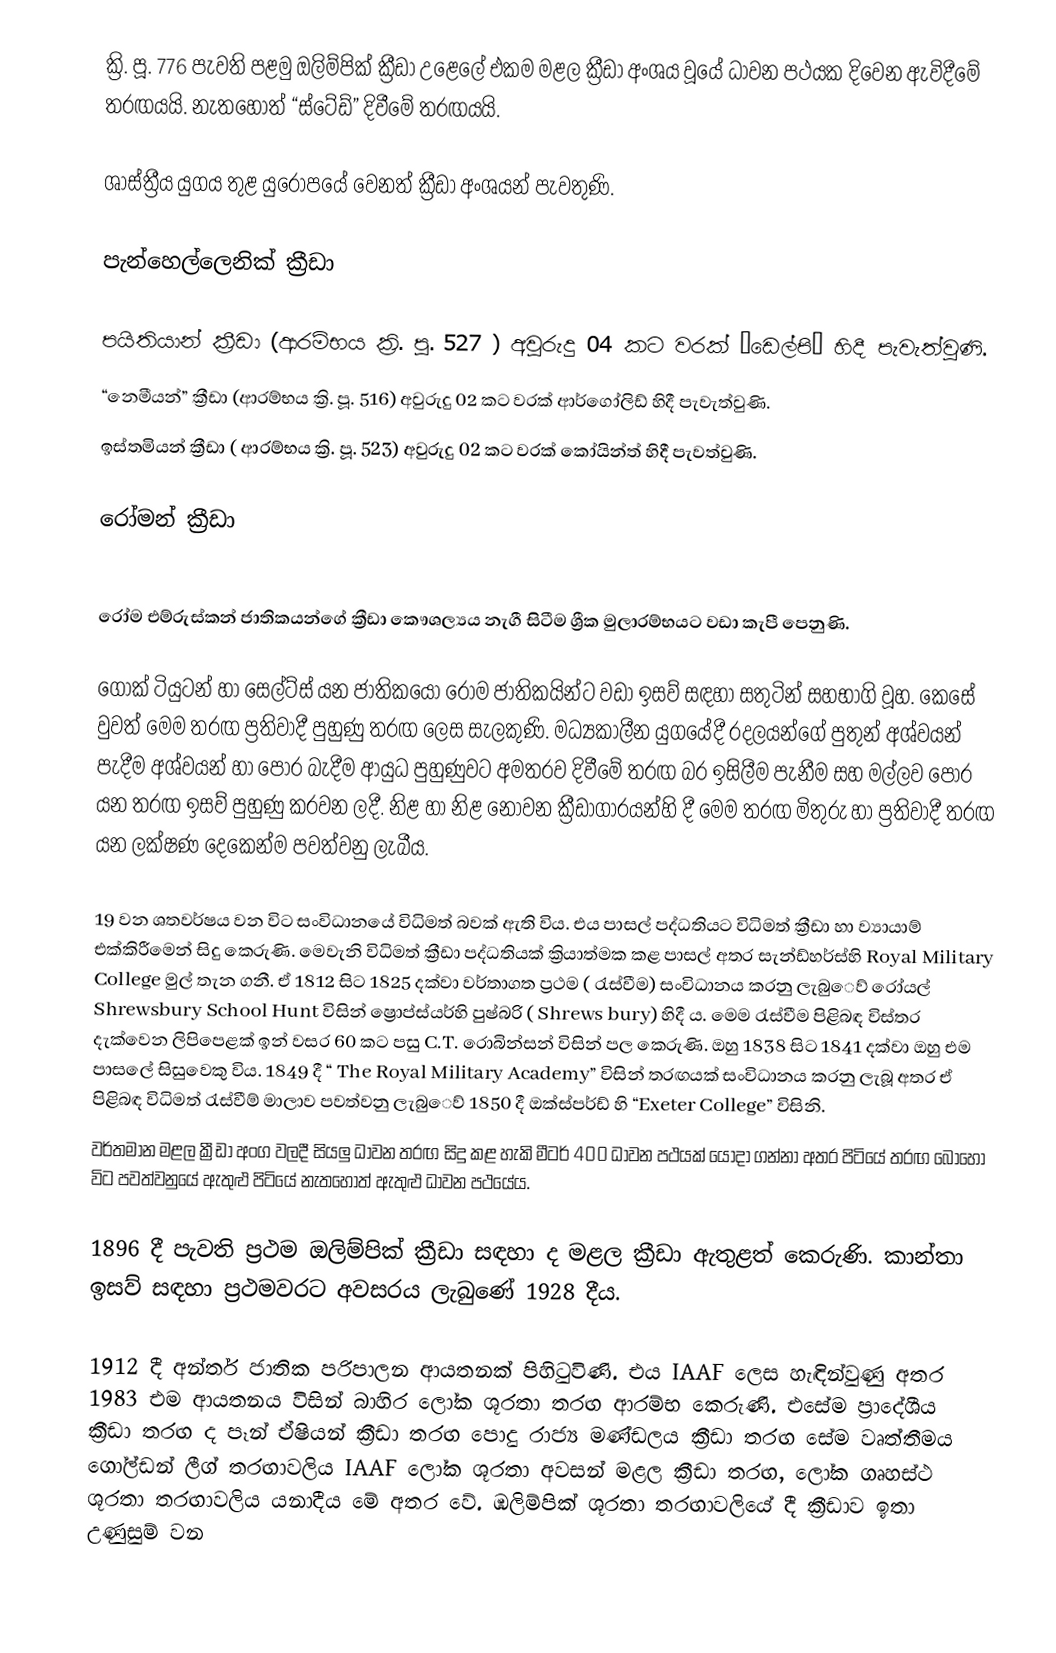
ක්‍රි. පූ. 776 පැවති පළමු ඔලිම්‍පික් ක්‍රීඩා උළෙලේ එකම මළල ක්‍රීඩා අංශය වූයේ ධාවන පථයක දිවෙන ඇවිදීමේ තරඟයයි. නැතහොත් “ස්ටේඩ්” දිවීමේ තරඟයයි.

ශාස්ත්‍රීය යුගය තුළ යුරෝපයේ වෙනත් ක්‍රීඩා අංශයන් පැවතුණි.

පැන්හෙල්ලෙනික් ක්‍රීඩා

පයිතියාන් ක්‍රීඩා (ආරම්‍භය ක්‍රි. පූ. 527 ) අවුරුදු 04 කට වරක් “ඩෙල්පි” හිදී පැවැත්වුණි.
“නෙමීයන්” ක්‍රීඩා (ආරම්‍භය ක්‍රි. පූ.  516) අවුරුදු 02 කට වරක් ආර්ගෝලිඩ් හිදී පැවැත්වුණි.
ඉස්තමියන් ක්‍රීඩා ( ආරම්‍භය ක්‍රි.  පූ.  523) අවුරුදු 02 කට වරක් කෝයින්ත් හිදී පැවත්වුණි.

රෝමන් ක්‍රීඩා

රෝම එම්රුස්කන් ජාතිකයන්ගේ ක්‍රීඩා කෞශල්‍යය නැගී සිටීම ශ්‍රීක මුලාරම්‍භයට වඩා කැපී පෙනුණි.

ගොක් ටියුටන් හා සෙල්ට්‍ස් යන ජාතිකයෝ රෝම ජාතිකයින්ට වඩා ඉසව්‍ සඳහා සතුටින් සහභාගි වූහ. කෙසේ වුවත් මෙම තරඟ ප්‍රතිවාදී පුහුණු තරඟ ලෙස සැලකුණි. මධ්‍යකාලීන යුගයේදී රදලයන්ගේ පුතුන් අශ්වයන් පැදීම අශ්වයන් හා පොර බැදීම ආයුධ පුහුණුවට අමතරව දිවීමේ තරඟ බර ඉසිලී‍ම පැනීම සහ මල්ලව පොර යන තරඟ ඉසව්‍ පුහුණු කරවන ලදී. නිළ හා නිළ නොවන ක්‍රීඩාගාරයන්හි දී මෙම තරඟ මිතුරු හා ප්‍රතිවාදී තරඟ යන ලක්ෂණ දෙකෙන්ම පවත්වනු ලැබීය.

19 වන ශතවර්ෂය වන විට සංවිධානයේ විධිමත් බවක් ඇති විය. එය පාසල් පද්ධතියට විධිමත් ක්‍රීඩා හා ව්‍යායාම්‍ එක්කිරීමෙන් සිදු කෙරුණි. මෙවැනි විධිමත් ක්‍රීඩා පද්ධතියක් ක්‍රියාත්මක කළ පාසල් අතර සැන්ඩ්‍හර්ස්හි  Royal Military College මුල් තැන ගනී. ඒ  1812 සිට 1825 දක්වා වර්තාගත ප්‍රථම ( රැස්වීම) සංවිධානය කරනු ලැබු‍ෙව් රෝයල් Shrewsbury School Hunt විසින් ෂ්‍රොප්ස්යර්හි පුෂ්බරි ( Shrews bury) හිදී ය. මෙම රැස්වීම පිළිබඳ විස්තර දැක්වෙන ලිපිපෙළක් ඉන් වසර 60 කට පසු  C.T. රොබින්සන් විසින් පල කෙරුණි. ඔහු 1838 සිට 1841 දක්වා ඔහු එම පාසලේ සිසුවෙකු විය. 1849 දී “ The Royal Military Academy” විසින් තරඟයක් සංවිධානය කරනු ලැබූ අතර ඒ පිළිබඳ විධිමත් රැස්වීම්‍ මාලාව පවත්වනු ලැබු‍ෙව්‍  1850 දී ඔක්ස්පර්ඩ්‍ හි “Exeter College” විසිනි.
වර්තමාන මළල ක්‍රීඩා අංග වලදී සියලු ධාවන තරඟ සිදු කළ හැකි මීටර් 400 ධාවන පථයක් යොදා ගන්නා අතර පිටියේ තරඟ බොහෝ විට පවත්වනුයේ ඇතුළු පිටියේ නැතහොත් ඇතුළු ධාවන පථයේය.

1896 දී පැවති ප්‍රථම ඔලිම්‍පික් ක්‍රීඩා සඳහා ද මළල ක්‍රීඩා ඇතුළත් කෙරුණි. කාන්තා ඉසව්‍ සඳහා ප්‍රථමවරට අවසරය ලැබුණේ 1928 දීය.

1912 දී අන්තර් ජාතික පරිපාලන ආයතනක් පිහිටුවිණි. එය IAAF ලෙස හැඳින්වුණු අතර 1983 එම ආයතනය විසින් බාහිර ලෝක ශූරතා තරඟ ආරම්‍භ කෙරුණි. එසේම ප්‍රාදේශීය ක්‍රීඩා තරඟ ද පෑන් ඒෂියන් ක්‍රීඩා තරඟ පොදු රාජ්‍ය මණ්ඩලය ක්‍රීඩා තරඟ සේම වෘත්තීමය ගෝල්ඩන් ලීග් තරඟාවලිය IAAF ලෝක ශූරතා අවසන් මළල ක්‍රීඩා තරඟ, ලෝක ගෘහස්ථ ශූරතා තරඟාවලිය යනාදීය මේ අතර වේ. ඹලිම්පික් ශූරතා තරඟාවලියේ දී  ක්‍රීඩාව ඉතා උණුසුම්‍ වන